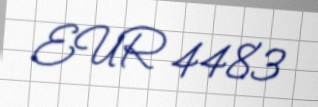
EUR 4483